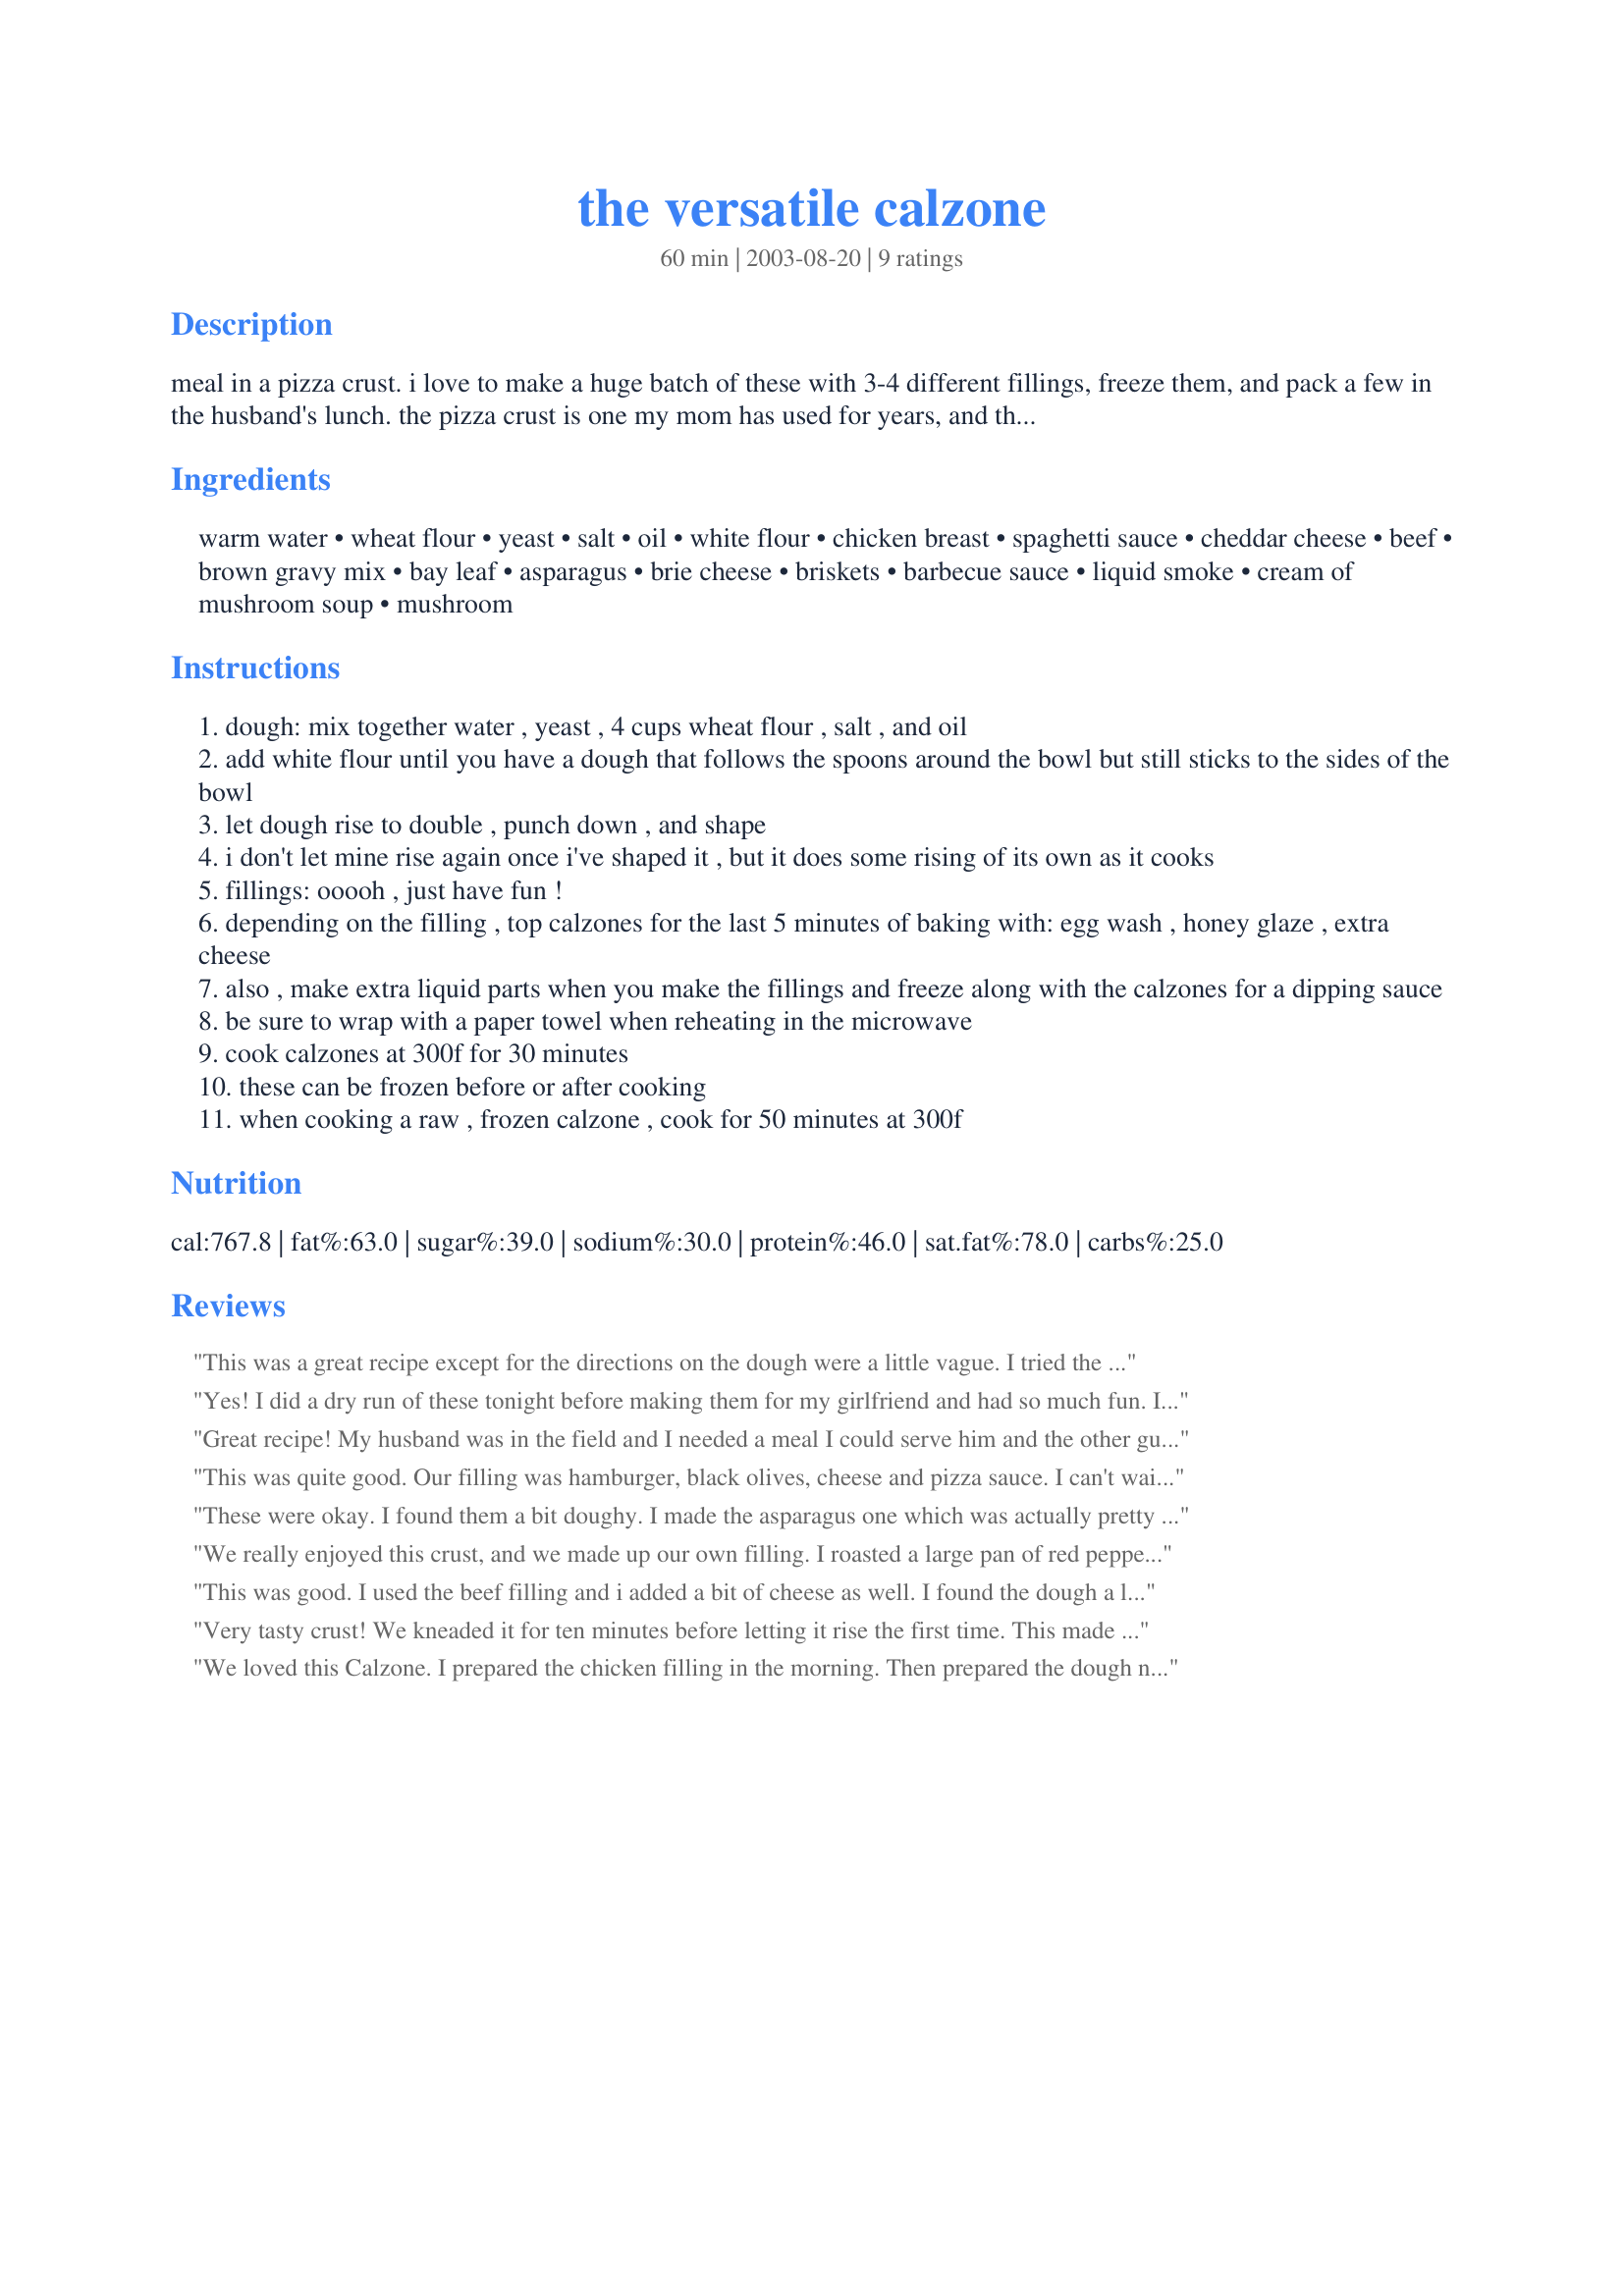
the versatile calzone
Preparation time: 60 minutes

meal in a pizza crust. i love to make a huge batch of these with 3-4 different fillings, freeze them, and pack a few in the husband's lunch. the pizza crust is one my mom has used for years, and the fillings come from playing around with my favorite things to eat.

Ingredients:
warm water, wheat flour, yeast, salt, oil, white flour, chicken breast, spaghetti sauce, cheddar cheese, beef, brown gravy mix, bay leaf, asparagus, brie cheese, briskets, barbecue sauce, liquid smoke, cream of mushroom soup, mushroom

Steps:
dough: mix together water , yeast , 4 cups wheat flour , salt , and oil
add white flour until you have a dough that follows the spoons around the bowl but still sticks to the sides of the bowl
let dough rise to double , punch down , and shape
i don't let mine rise again once i've shaped it , but it does some rising of its own as it cooks
fillings: ooooh , just have fun !
depending on the filling , top calzones for the last 5 minutes of baking with: egg wash , honey glaze , extra cheese
also , make extra liquid parts when you make the fillings and freeze along with the calzones for a dipping sauce
be sure to wrap with a paper towel when reheating in the microwave
cook calzones at 300f for 30 minutes
these can be frozen before or after cooking
when cooking a raw , frozen calzone , cook for 50 minutes at 300f

Reviews:
This was a great recipe except for the directions on the dough were a little vague. I tried the chicken filling and DH thought it would be better with shredded chicken instead of strips. Thanks for a good start to my OAMC stash.
Yes! I did a dry run of these tonight before making them for my girlfriend and had so much fun. I made the classic chicken calzone and made only 4. I must say that at first the assembly process was confusing but by the fourth one I was a pro. Making the dough into a rectangle seemed to work best. Thanks!
Great recipe! My husband was in the field and I needed a meal I could serve him and the other guys that could be eaten with one hand. The crust on these calzones tastes great! Just a few helpful hints... use lots of flour when rolling so it doesn't stick. I cut back on the white flour that I put in the dough so that I could add more while I was rolling. I added some italian seasoning to the dough as well. Also, I only used water to seal the edges and then crimped with a fork. I used a sausage pizza type filling as well as pepperoni. Tasted great and husband was happy to have something other than sandwiches or pizza while planting! Can't wait to try other filling ideas! Thank you!
This was quite good. Our filling was hamburger, black olives, cheese and pizza sauce. I can't wait to try the chicken one! The recipe did confuse me a bit, because I thought the dough should rise some. So after consulting some zaar friends, I mixed the dough, let it rise until doubled, then punched it down, rolled into about a 9 inch circle, filled them up, and sealed with a egg wash before crimping together. Wonderful! Thanks!
These were okay. I found them a bit doughy. I made the asparagus one which was actually pretty bland. I also modified the chicken one to use garlic-herb cheese and a red pepper/eggplant sauce. Good, but not spectacular. Maybe I should've tried other fillings.
We really enjoyed this crust, and we made up our own filling. I roasted a large pan of red peppers, zucchini, yellow squash, onion, eggplant and mushrooms. I used this for the filling, along with about 1T of tomato sauce, some garlic chips, red pepper flakes, Italian seasoning, and a good handful of mozzarella cheese. Next time I might add the Italian seasoning in the crust, but otherwise it was just right. I made half a recipe, and I plan to assemble a couple more to put in the freezer uncooked, for quick dinners. Thanks Annie H!
This was good. I used the beef filling and i added a bit of cheese as well. I found the dough a little tough to work with and I think next time I would like to try it with all white flour. I made these during a OAMC blitz and froze a few of these for my husband's lunches. These tasted delicious dipped in barbque sauce. Thanks for posting!
Very tasty crust! We kneaded it for ten minutes before letting it rise the first time. This made eight meal sized calzones! I have six in the freezer for quick lunches. I hope they freeze well!
We loved this Calzone. I prepared the chicken filling in the morning. Then prepared the dough near supper time. VERY easy and very good. I plan on making the asparagus and brie cheese next. This is a gread find and I thank you for sharing it, Annie H.
